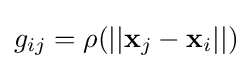
g_{ij}=\rho (||\mathbf {x} _{j}-\mathbf {x} _{i}||)